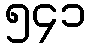
၅၄၁